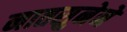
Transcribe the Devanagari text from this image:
नातसुनेने